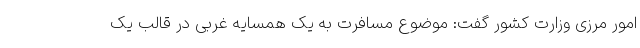
امور مرزی وزارت کشور گفت: موضوع مسافرت به یک همسایه غربی در قالب یک